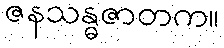
ဇနသန္ဓဇာတက။